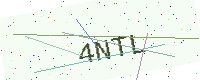
Text: 4NTL